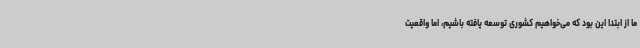
ما از ابتدا این بود که می‌خواهیم کشوری توسعه یافته باشیم، اما واقعیت